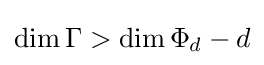
\dim \Gamma >\dim \Phi _{d}-d